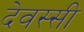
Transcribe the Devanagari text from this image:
देवस्सी